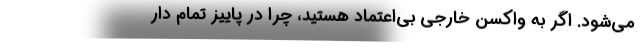
می‌شود. اگر به واکسن خارجی بی‌اعتماد هستید، چرا در پاییز تمام دار